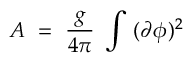
A ~ = ~ { \frac { g } { 4 \pi } } ~ \int ~ ( \partial \phi ) ^ { 2 }